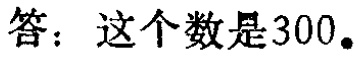
答：这个数是300。